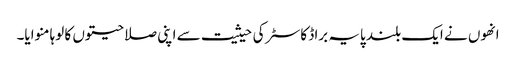
انھوں نے ایک بلند پایہ براڈ کاسٹر کی حیثیت سے اپنی صلاحیتوں کا لوہا منوایا۔